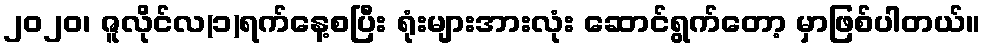
၂၀၂၀၊ ဇူလိုင်လ(၁)ရက်နေ့စပြီး ရုံးများအားလုံး ဆောင်ရွက်တော့ မှာဖြစ်ပါတယ်။